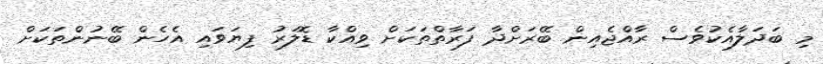
މި ބަދަލާއެކުވެސް ރާއްޖެއިން ބޭރަށްދާ ފަރާތްތަކަށް ވިއްކާ ޑޮލަރު ފިޔަވައި އެހެން ބޭނުންތަކަށް